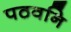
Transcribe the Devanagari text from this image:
पठवनि